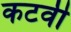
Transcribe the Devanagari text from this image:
कटवी